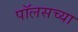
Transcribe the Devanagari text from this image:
पॉलसच्या